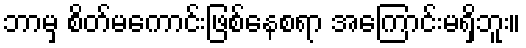
ဘာမှ စိတ်မကောင်းဖြစ်နေစရာ အကြောင်းမရှိဘူး။